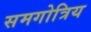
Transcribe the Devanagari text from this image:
समगोत्रिय